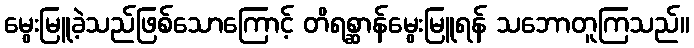
မွေးမြူခဲ့သည်ဖြစ်သောကြောင့် တိရစ္ဆာန်မွေးမြူရန် သဘောတူကြသည်။